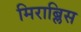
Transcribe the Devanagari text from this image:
मिराब्लिस